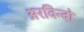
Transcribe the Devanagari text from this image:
अरविन्दो